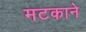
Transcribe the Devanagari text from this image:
मटकाने